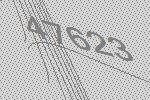
47623